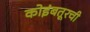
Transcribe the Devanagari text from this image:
कोइंबतूरची